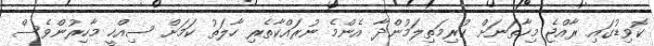
ކޮވިޑުގައި ރާއްޖެ މިހާތަނަށް ކުރިމަތިލަމުންދާ އެންމެ ނުރައްކާތެރި ހާލަތު ކަމަށް ސިއްހީ މާހިރުންވެސް